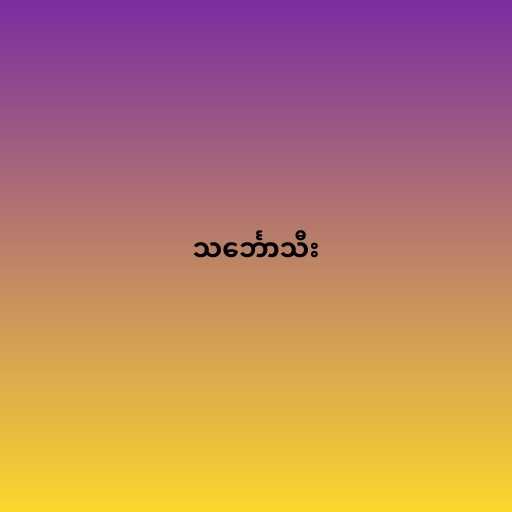
သင်္ဘောသီး